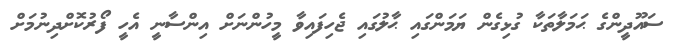
ސައޫދީންގެ ޙަމަލާތަކާ ގުޅިގެން ޔަމަންގައި ޙާލުގައި ޖެހިފައިވާ މީހުންނަށް އިންސާނީ އެހީ ފޯރުކޮށްދިނުމަށް